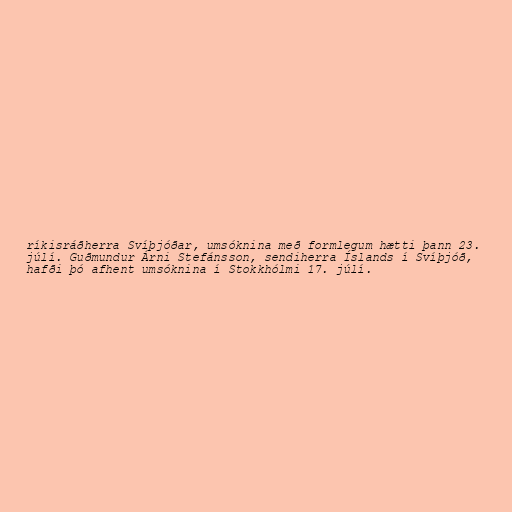
ríkisráðherra Svíþjóðar, umsóknina með formlegum hætti þann 23.
júlí. Guðmundur Árni Stefánsson, sendiherra Íslands í Svíþjóð,
hafði þó afhent umsóknina í Stokkhólmi 17. júlí.